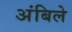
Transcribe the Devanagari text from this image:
अंबिले